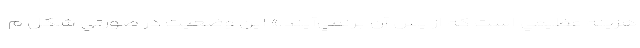
هزينه عظيمي است كه از پس آن برنمي‌آيند.» اين وضعيت در صورتي شكل م